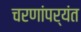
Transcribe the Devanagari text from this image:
चरणांपर्यंत